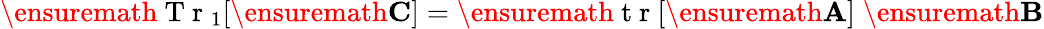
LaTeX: \ensuremath{\mathrm{~T~r~}}_{1}[\ensuremath{\mathbf{C}}]=\ensuremath{\mathrm{~t~r~}}[\ensuremath{\mathbf{A}}]\; \ensuremath{\mathbf{B}}